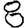
Digit: 8